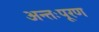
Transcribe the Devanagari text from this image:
अन्तःपूरण